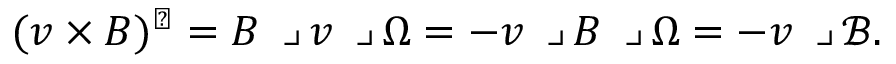
( \boldsymbol { v } \times \boldsymbol { B } ) ^ { \flat } = \boldsymbol { B } \mathbin { \lrcorner } \boldsymbol { v } \mathbin { \lrcorner } \Omega = - \boldsymbol { v } \mathbin { \lrcorner } \boldsymbol { B } \mathbin { \lrcorner } \Omega = - \boldsymbol { v } \mathbin { \lrcorner } \mathscr { B } .